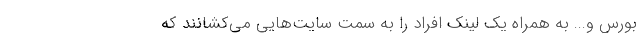
بورس و... به همراه یک لینک افراد را به سمت سایت‌هایی می‌کشانند که